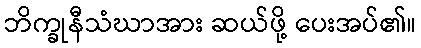
ဘိက္ခုနီသံဃာအား ဆယ်ဖို့ ပေးအပ်၏။